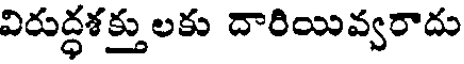
విరుద్ధశక్తు లకు దారియివ్వరాదు